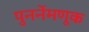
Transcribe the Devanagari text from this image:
पुनर्नेमणूक